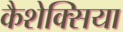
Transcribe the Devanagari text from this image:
कैशेक्सिया